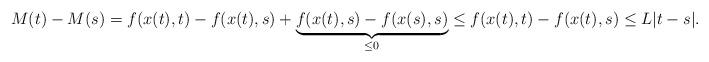
LaTeX: \begin{align*}M(t) - M(s) = f(x(t),t) - f(x(t),s)+\underbrace{f(x(t),s) - f(x(s),s)}_{\leq 0} \leq f(x(t),t) - f(x(t),s) \leq L|t-s|.\end{align*}